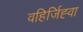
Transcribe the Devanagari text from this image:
वहिर्जिह्वा